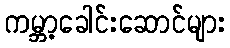
ကမ္ဘာ့ခေါင်းဆောင်များ